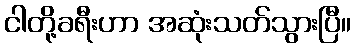
ငါတို့ခရီးဟာ အဆုံးသတ်သွားပြီ။